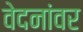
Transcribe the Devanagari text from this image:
वेदनांवर